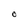
Character: O